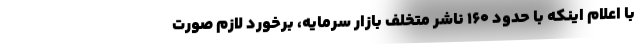
با اعلام اینکه با حدود ۱۶۰ ناشر متخلف بازار سرمایه، برخورد لازم صورت